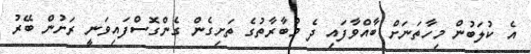
އެ ކުލަބުން މިހާތަނަށް ބާއްވާފައި ދެ މުބާރާތުގެ ތަށިގެން ގެންގޮސްފައިވަނީ ރަށުން ބޭރު